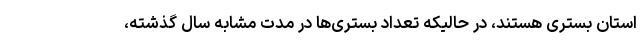
استان بستری هستند، در حالیکه تعداد بستری‌ها در مدت مشابه سال گذشته،